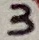
Text: 3